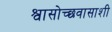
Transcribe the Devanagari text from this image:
श्वासोच्छवासाशी